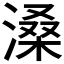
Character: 𪶽